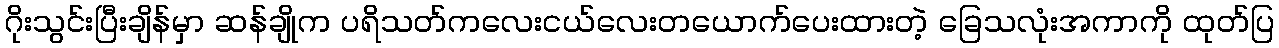
ဂိုးသွင်းပြီးချိန်မှာ ဆန်ချိုက ပရိသတ်ကလေးငယ်လေးတယောက်ပေးထားတဲ့ ခြေသလုံးအကာကို ထုတ်ပြ